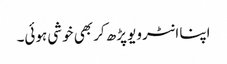
اپنا انٹرویو پڑھ کر بھی خوشی ہوئی۔